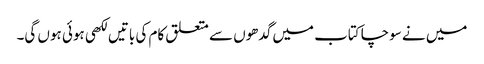
میں نے سوچا کتاب میں گدھوں سے متعلق کام کی باتیں لکھی ہوئی ہوں گی۔